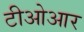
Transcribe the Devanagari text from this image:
टीओआर